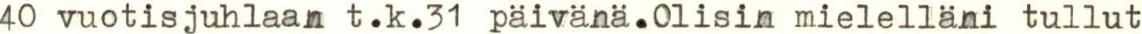
40 vuotisjuhlaan t.k.31 päivänä.Olisin mielelläni tullut